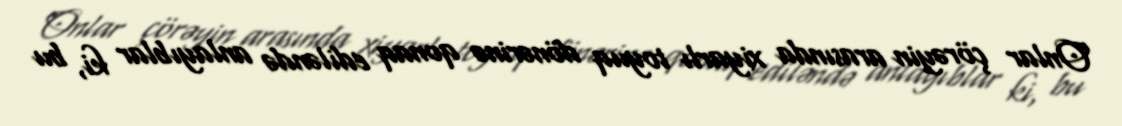
Onlar çörəyin arasında xiyarlı toyuq dönərinə qonaq ediləndə anlayıblar ki, bu